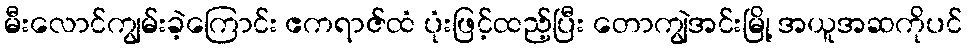
မီးလောင်ကျွမ်းခဲ့ကြောင်း ဧကရာဇ်ထံ ပုံးဖြင့်ထည့်ပြီး တောကျွဲအင်းမြို့ အယူအဆကိုပင်